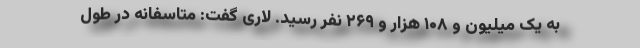
به یک میلیون و ۱۰۸ هزار و ۲۶۹ نفر رسید. لاری گفت: متاسفانه در طول